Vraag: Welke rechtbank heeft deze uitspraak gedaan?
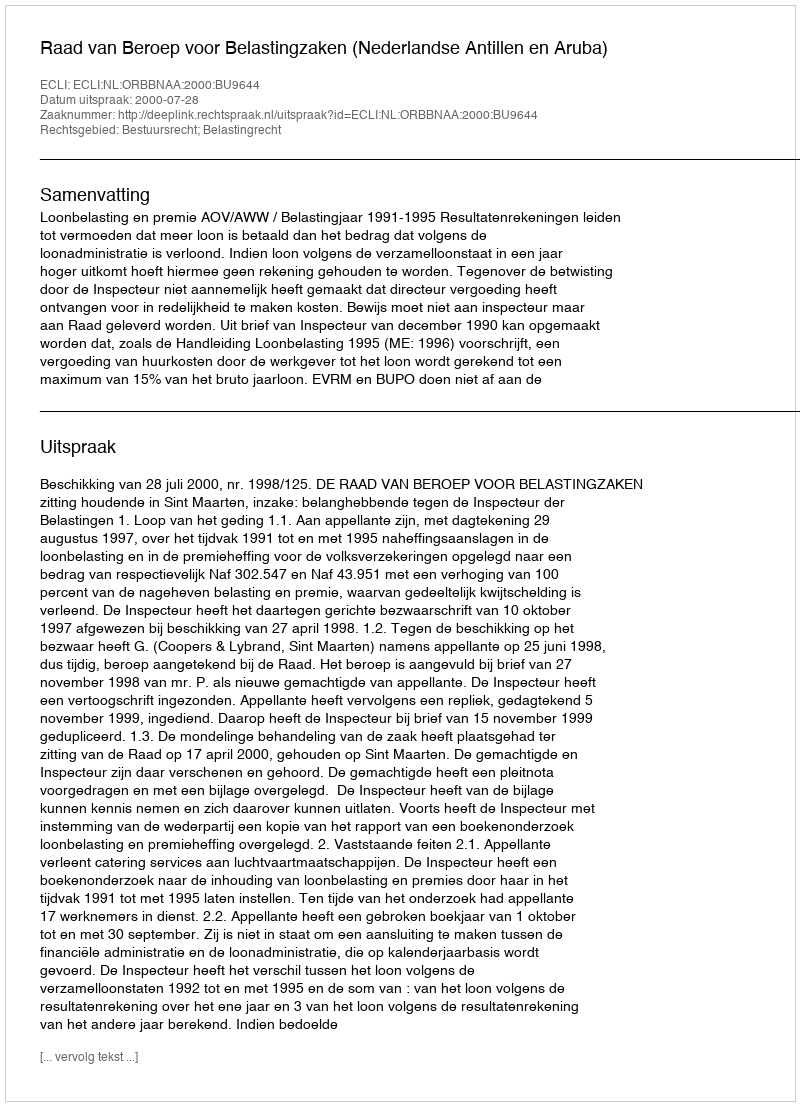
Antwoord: Raad van Beroep voor Belastingzaken (Nederlandse Antillen en Aruba)